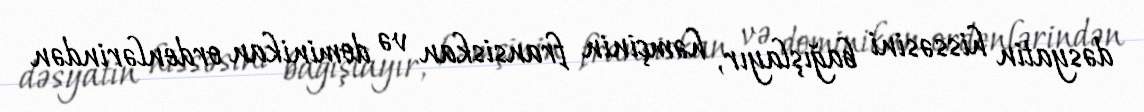
dəsyatin hissəsini bağışlayır, həmçinin fransiskan və dominikan ordenlərindən